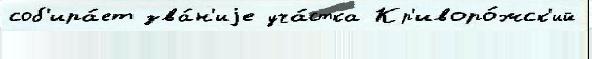
соб'ира́ет зва́н'иjе уча́стка Кр'иворо́жск'ий